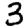
Digit: 3